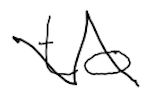
Text: to
Cross-out: zig-zag
Writing tool: digital_black